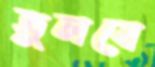
ভুলবে